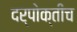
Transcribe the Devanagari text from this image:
दर्पोक्तीच